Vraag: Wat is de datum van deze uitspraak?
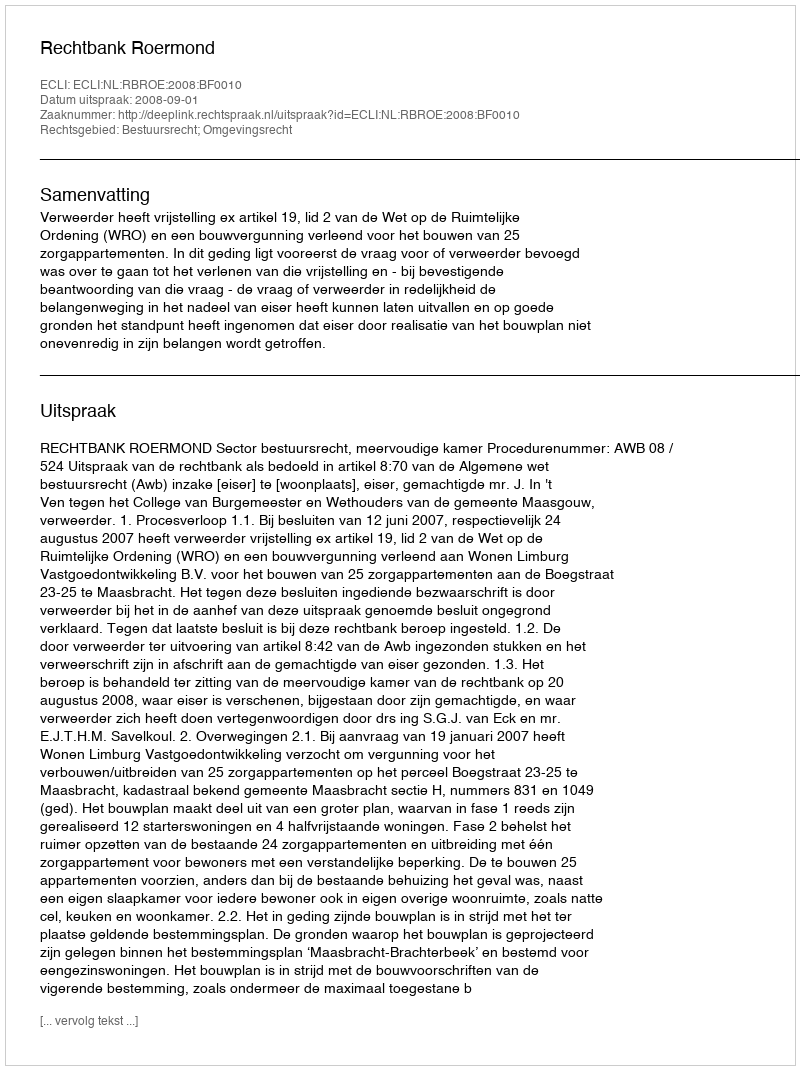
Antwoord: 2008-09-01